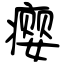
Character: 瘿